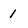
Character: 1